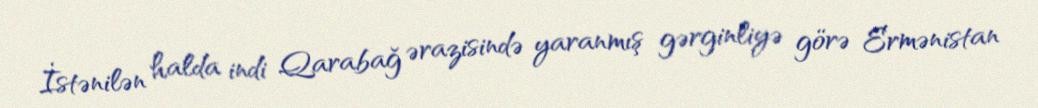
İstənilən halda indi Qarabağ ərazisində yaranmış gərginliyə görə Ermənistan